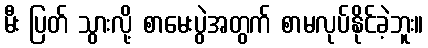
မီး ပြတ် သွားလို့ စာမေးပွဲအတွက် စာမလုပ်နိုင်ခဲ့ဘူး။